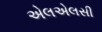
એલએલસી